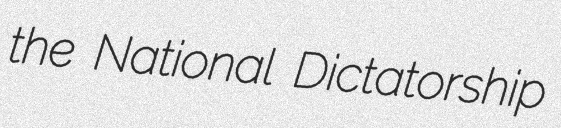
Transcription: the National Dictatorship